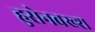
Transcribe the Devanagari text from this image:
हुसेनबख्श